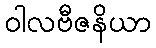
ဝါလဗီဇနိယာ